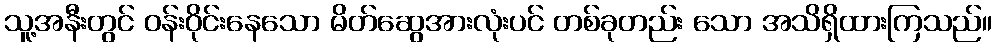
သူ့အနီးတွင် ဝန်းဝိုင်းနေသော မိတ်ဆွေအားလုံးပင် တစ်ခုတည်း သော အသိရှိထားကြသည်။